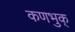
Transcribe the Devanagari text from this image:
कणभुक्